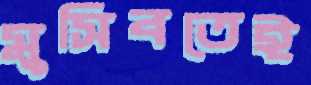
মুসিবতেই